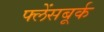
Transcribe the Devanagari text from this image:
फ्लेंसबूर्क